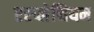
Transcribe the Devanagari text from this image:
एस्प्लेनियम